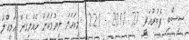
ސިސްބި ފެބުރުއަރީ 27